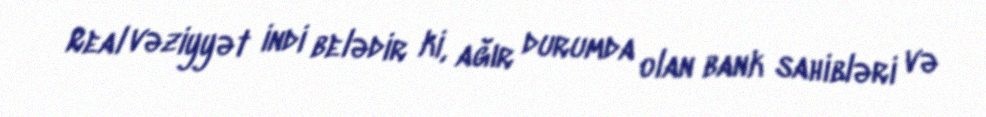
Real vəziyyət indi belədir ki, ağır durumda olan bank sahibləri və